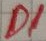
Text: D1